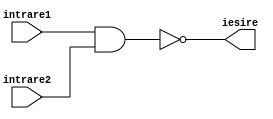
`timescale 1ns / 1ps
//////////////////////////////////////////////////////////////////////////////////
// Company: 
// Engineer: 
// 
// Design Name: 
// Module Name: NAND
// Project Name: 
// Target Devices: 
// Tool Versions: 
// Description: 
// 
// Dependencies: 
// 
// Revision:
// Revision 0.01 - File Created
// Additional Comments:
// 
//////////////////////////////////////////////////////////////////////////////////


module NAND(intrare1, intrare2, iesire);
    input intrare1, intrare2;
    output iesire;
    assign iesire = ~(intrare1 & intrare2);
    
    
endmodule